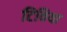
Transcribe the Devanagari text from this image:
टिविया